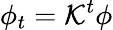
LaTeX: \phi_{t}=\mathcal{K}^{t}\phi